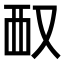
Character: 𪠧